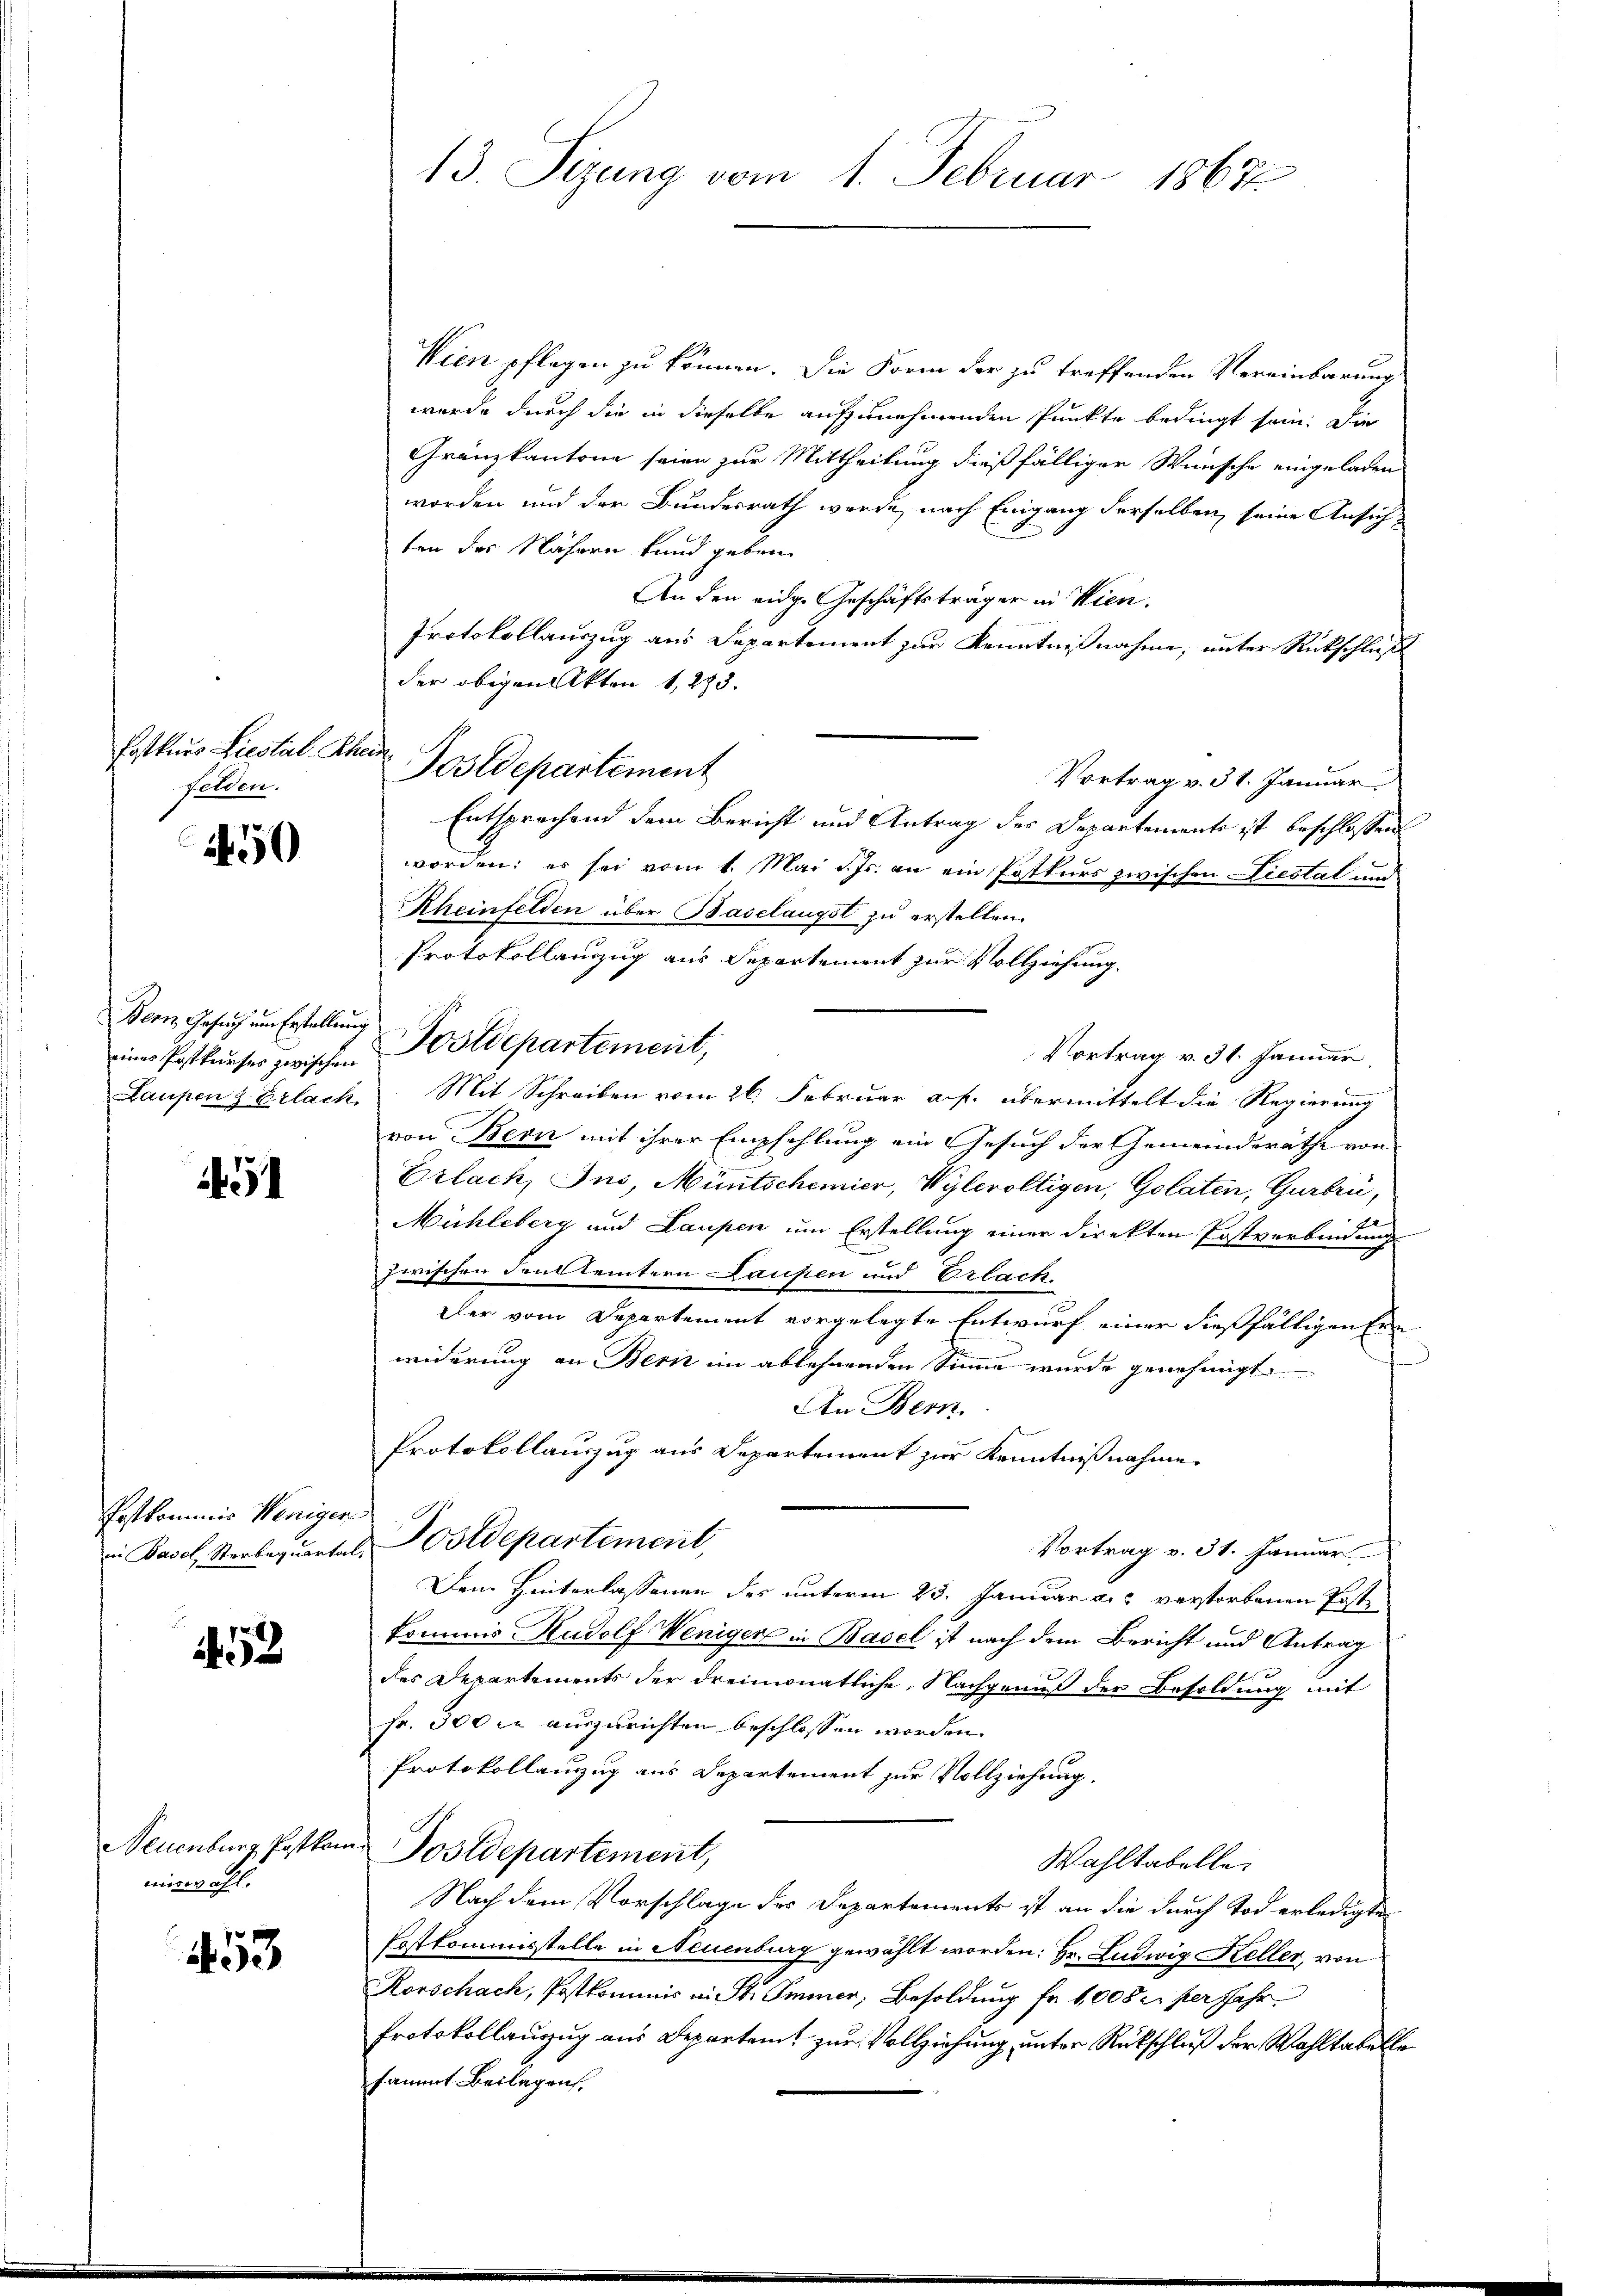
Eatkurs Liestal Thei
felden.

550

Bern Gesuch um Erstellung

1451

Postkommis Weniger

52

Neuenburg Postkom
miswahl.

453

13. Sizung vom 1. Februar 1867

Wien pflegen zu können. Die Form der zu treffenden Vereinbarung
wurde durch die in dieselbe aufzunehmenden Punkte bedingt sein. Die
Gränzkantone seien zur Mittheilung dießfälliger Wünsche eingeladen
worden und der Bundesrath werde, nach Eingang derselben, seine Ansichten der Nähern kund geben.
An den eidg. Geschäftsträger in Wien.
Protokollauszug aus Departement zur Kenntnißnahme, unter Rückschluß
der obigen Akten 1,293.
Vortrag v. 31. Januar
Entsprochend dem Bericht und Antrag des Departements ist beschlossen
worden; es sei vom 1. Mai d. Js. an ein Postkurs zwischen Liestal und
Rheinfelden über Baselangst zu erstellen.
Protokollenzug aus Departement zur Vollziehung.
einer Postkŭrses zwischen Postdepartement,
Vortrag v. 31. Januar,
Laupen z. Erlach Mit Schreiben vom 26. Februar a. f. übermittelt die Regierung
von Bern mit ihrer Empfehlung ein Gesuch der Gemeinderäthe von
Erlach, Ins, Müntschemier, Wylevoltigen, Golaten, Gurbri,
Mühleberg und Laupen um Erstellung einer direkten Postverbindung
zwischen Fensteintern Laufen und Erlach.
Der vom Departement vorgelegte Entwurf einer dießfälligen Ern
widerung an Bern im ablehnenden Sinne wurde genehmigt.
An Bern
Protokollauszug aus Departement zur Kenntnißnahme
in Basel, Sterbequartal, Postdepartement
Vortrag v. 31. Januar
Dem Hinterlassenen des unterm 23. Januar a. verstorbenen Poste
kommis Rudolf Weniger in Basel ist nach dem Bericht und Antrag
des Departements der dreimonatliche Nachgenuß der Besoldung mit
Fr. 300 je auszurichten beschlossen worden.
Protokollanzug aus Departement zur Vollziehung.
Postdepartement,
Wahltabelle.
Nach dem Vorschlage des Departements ist an die durch Tod erledigte
Erstkommisstelle in Neuenburg gewählt worden: Hr. Ludwig Keller, von
Korschach, Postkommis in St. Immer, Besoldung fr. 1008 e per Jahr
Protokollauszug aus Departem zur Vollziehung, unter Rückschluß der Wahltabelle
sammt Beilagen,

Postdepartement